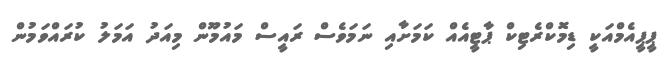
ޕީޕީއެމްއަކީ ޑިމޮކްރެޓިކް ޕާޓީއެއް ކަމަށާއި ނަމަވެސް ރައީސް މައުމޫން މިއަދު އަމަލު ކުރައްވަމުން